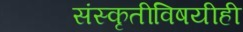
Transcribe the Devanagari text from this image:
संस्कृतीविषयीही